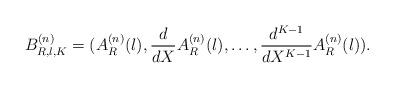
LaTeX: \begin{align*}B_{R,\l,K}^{(n)}=(A_{R}^{(n)}(\l),\frac{d}{dX} A_{R}^{(n)}(\l),\ldots,\frac{d^{K-1}}{dX^{K-1}} A_{R}^{(n)}(\l)).\end{align*}